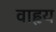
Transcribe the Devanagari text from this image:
वाहृय